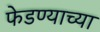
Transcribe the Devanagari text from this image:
फेडण्याच्या